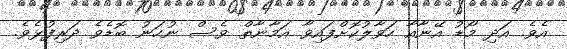
އެވެ. އަދި މޯޑު އޭނާއާ ހަވާލުކޮށްފައިވާ އަމާނާތް ވެސް ނުހަނު ބޮޑެވެ ދަރިފުޅެވެ.